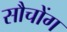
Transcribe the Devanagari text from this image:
सौचोंग